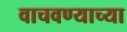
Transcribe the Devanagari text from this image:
वाचवण्याच्या